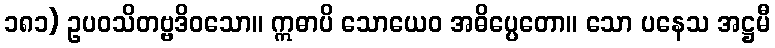
၁၈၁) ဥပဝသိတဗ္ဗဒိဝသော။ ဣဓာပိ သောယေဝ အဓိပ္ပေတော။ သော ပနေသ အဋ္ဌမီ